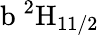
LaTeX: \mathrm{b\ ^{2}H_{11/2}}